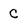
Character: C